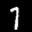
Label: 1